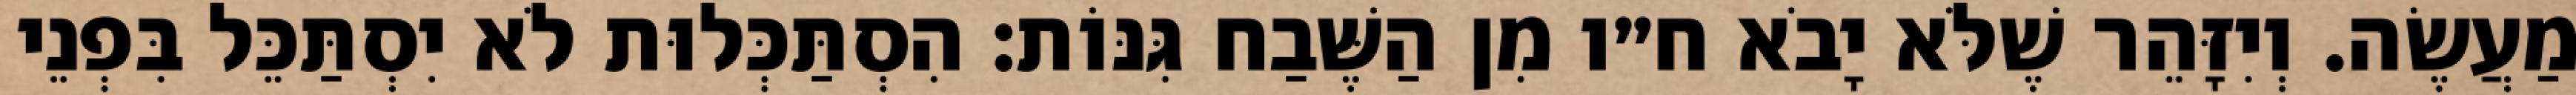
מַעֲשֶׂה. וְיִזָּהֵר שֶׁלֹּא יָבֹא ח״ו מִן הַשֶּׁבַח גִּנּוֹת: הִסְתַּכְּלוּת לֹא יִסְתַּכֵּל בִּפְנֵי